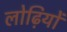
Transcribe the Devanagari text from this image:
लोढ़ियों